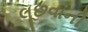
લૂછવાની